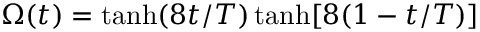
\Omega ( t ) = \operatorname { t a n h } ( 8 t / T ) \operatorname { t a n h } [ 8 ( 1 - t / T ) ]